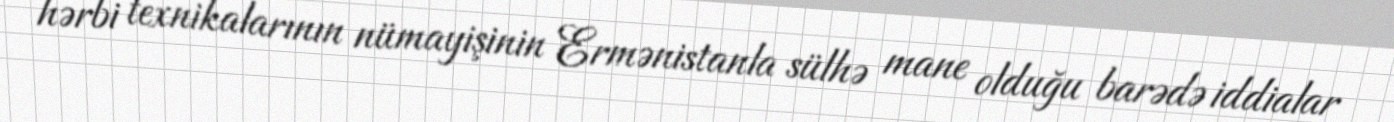
hərbi texnikalarının nümayişinin Ermənistanla sülhə mane olduğu barədə iddialar